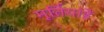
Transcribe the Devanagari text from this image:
मूर्तियांहैं